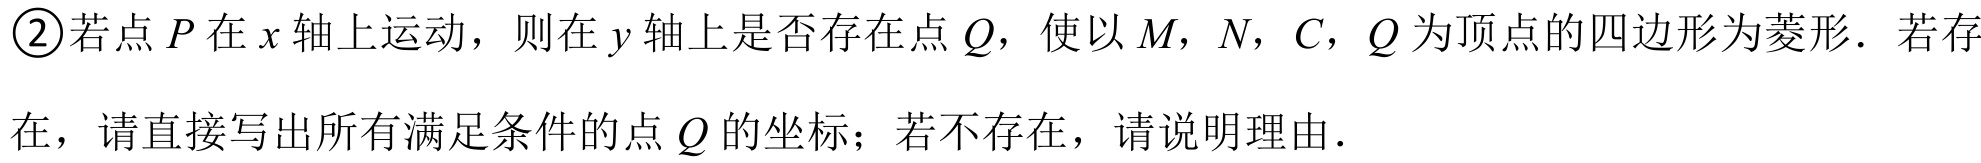
\textcircled{2}若点\(P\)在\(x\)轴上运动，则在\(y\)轴上是否存在点\(Q\)，使以\(M\)，\(N\)，\(C\)，\(Q\)为顶点的四边形为菱形. 若存在，请直接写出所有满足条件的点\(Q\)的坐标；若不存在，请说明理由.